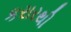
કરારથી